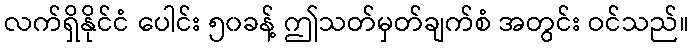
လက်ရှိနိုင်ငံ ပေါင်း ၅၀ခန့် ဤသတ်မှတ်ချက်စံ အတွင်း ဝင်သည်။